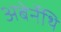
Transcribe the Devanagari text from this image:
अबेर्नेथि